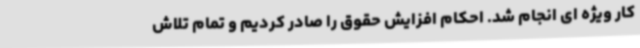
کار ویژه ای انجام شد. احکام افزایش حقوق را صادر کردیم و تمام تلاش